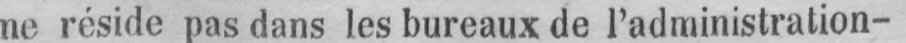
ne réside pas dans les bureaux de l’administration-